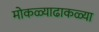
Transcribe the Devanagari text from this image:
मोकळ्याढाकळ्या